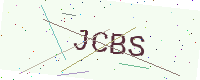
Text: JCBS